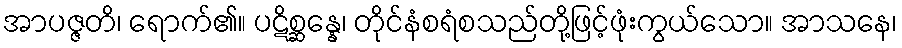
အာပဇ္ဇတိ၊ ရောက်၏။ ပဋိစ္ဆန္နေ၊ တိုင်နံစရံစသည်တို့ဖြင့်ဖုံးကွယ်သော။ အာသနေ၊